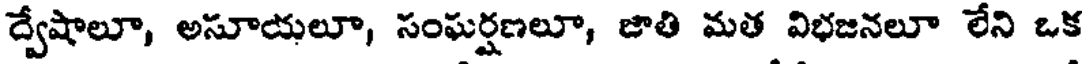
ద్వేషాలూ, అసూయలూ, సంఘర్షణలూ, జాతి మత విభజనలూ లేని ఒక